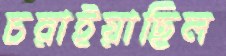
চরাইয়াছিল